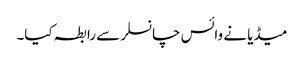
میڈیا نے وائس چانسلر سے رابطہ کیا۔